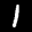
Label: 1